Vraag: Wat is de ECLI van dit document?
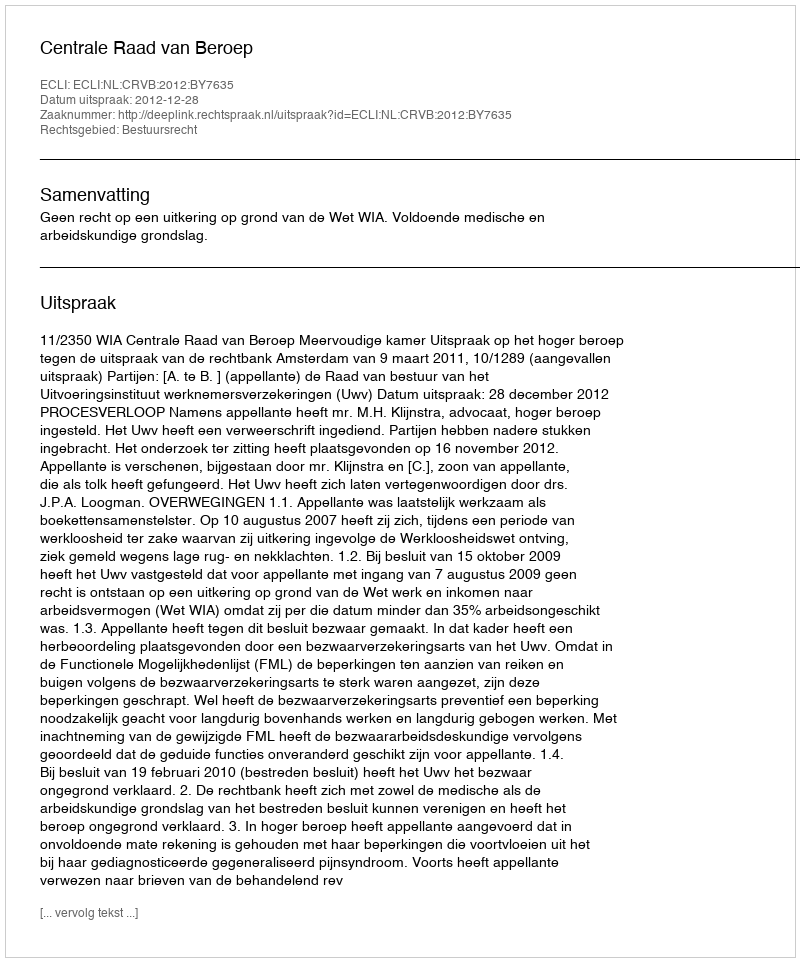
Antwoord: ECLI:NL:CRVB:2012:BY7635